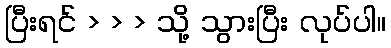
ပြီးရင် > > > သို့ သွားပြီး လုပ်ပါ။